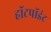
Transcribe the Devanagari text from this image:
हॉटपॉइंट